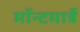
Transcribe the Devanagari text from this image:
मॉन्टमार्त्रे